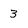
Character: 3